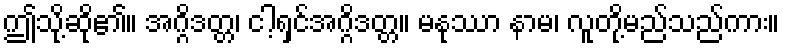
ဤသို့ဆို၏။ အဂ္ဂိဒတ္တ၊ ငါ့ရှင်အဂ္ဂိဒတ္တ။ မနုဿာ နာမ၊ လူတို့မည်သည်ကား။